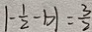
\vert - \frac { 1 } { 2 } - b \vert = \frac { 3 } { 2 }